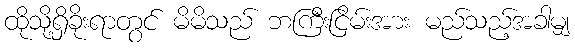
ထိုသို့ရှိခိုးရာတွင် မိမိသည် ဘကြီးငြိမ်းအား မည်သည့်အခါမျှ